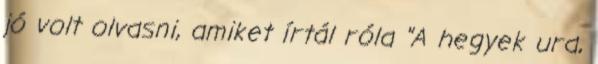
jó volt olvasni, amiket írtál róla "A hegyek ura,